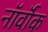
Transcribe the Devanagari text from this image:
नॉर्वॉक